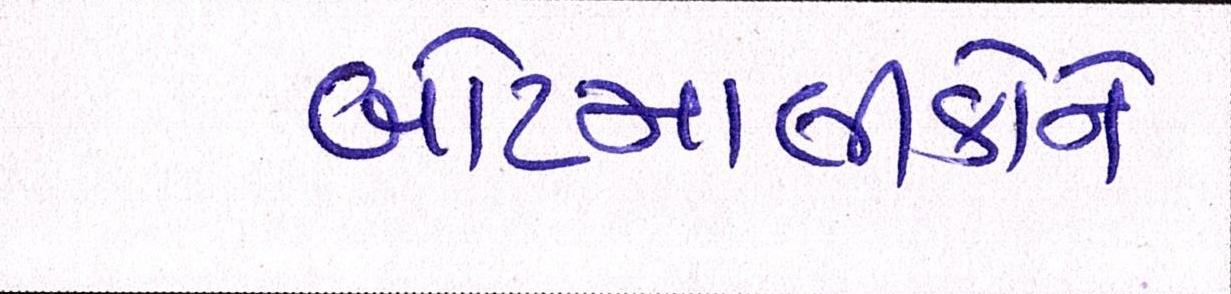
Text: બોટમાલીકોને